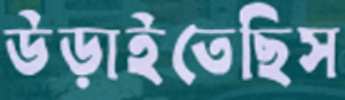
উড়াইতেছিস